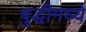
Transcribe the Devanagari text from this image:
बुद्धीमध्ये